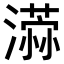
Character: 𣿻